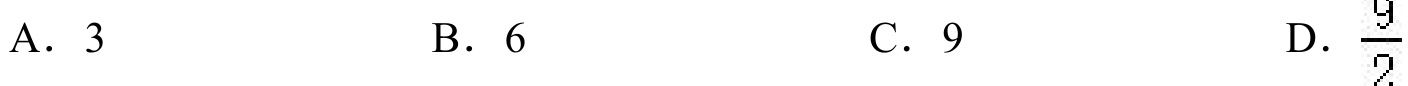
A. $3$  B. $6$  C. $9$  D. $\dfrac{9}{2}$